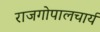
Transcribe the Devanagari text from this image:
राजगोपालचार्य